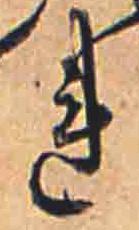
れ